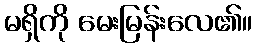
မရှိကို မေးမြန်းလေ၏။